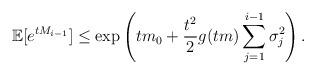
LaTeX: \begin{align*}\mathbb{E}[e^{tM_{i-1}}]\leq \exp\left(tm_0+\frac{t^{2}}{2}g(tm)\sum_{j=1}^{i-1}\sigma_j^2 \right).\end{align*}